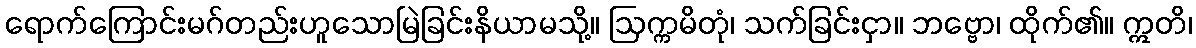
ရောက်ကြောင်းမဂ်တည်းဟူသောမြဲခြင်းနိယာမသို့။ ဩက္ကမိတုံ၊ သက်ခြင်းငှာ။ ဘဗ္ဗော၊ ထိုက်၏။ ဣတိ၊